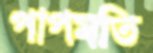
পাপমতি